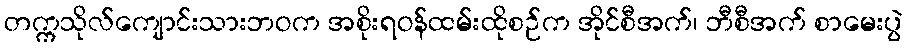
တက္ကသိုလ်ကျောင်းသားဘဝက အစိုးရဝန်ထမ်းထိုစဉ်က အိုင်စီအက်၊ ဘီစီအက် စာမေးပွဲ